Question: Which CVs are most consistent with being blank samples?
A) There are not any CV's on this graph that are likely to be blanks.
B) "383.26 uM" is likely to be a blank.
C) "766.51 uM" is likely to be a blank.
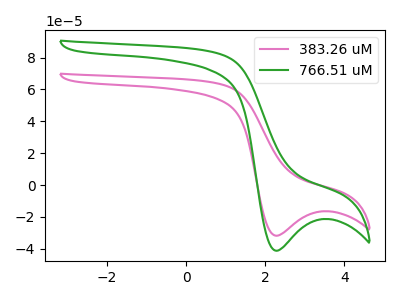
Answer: <think>The pink curve "383.26 uM" has a cathodic peak at: (2.30V, -31.80uA). The green curve "766.51 uM" has a cathodic peak at: (2.30V, -41.25uA).</think>
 <answer>A) There are not any CV's on this graph that are likely to be blanks.</answer>
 <eval>A</eval>